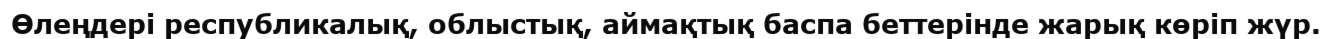
Өлеңдері республикалық, облыстық, аймақтық баспа беттерінде жарық көріп жүр.